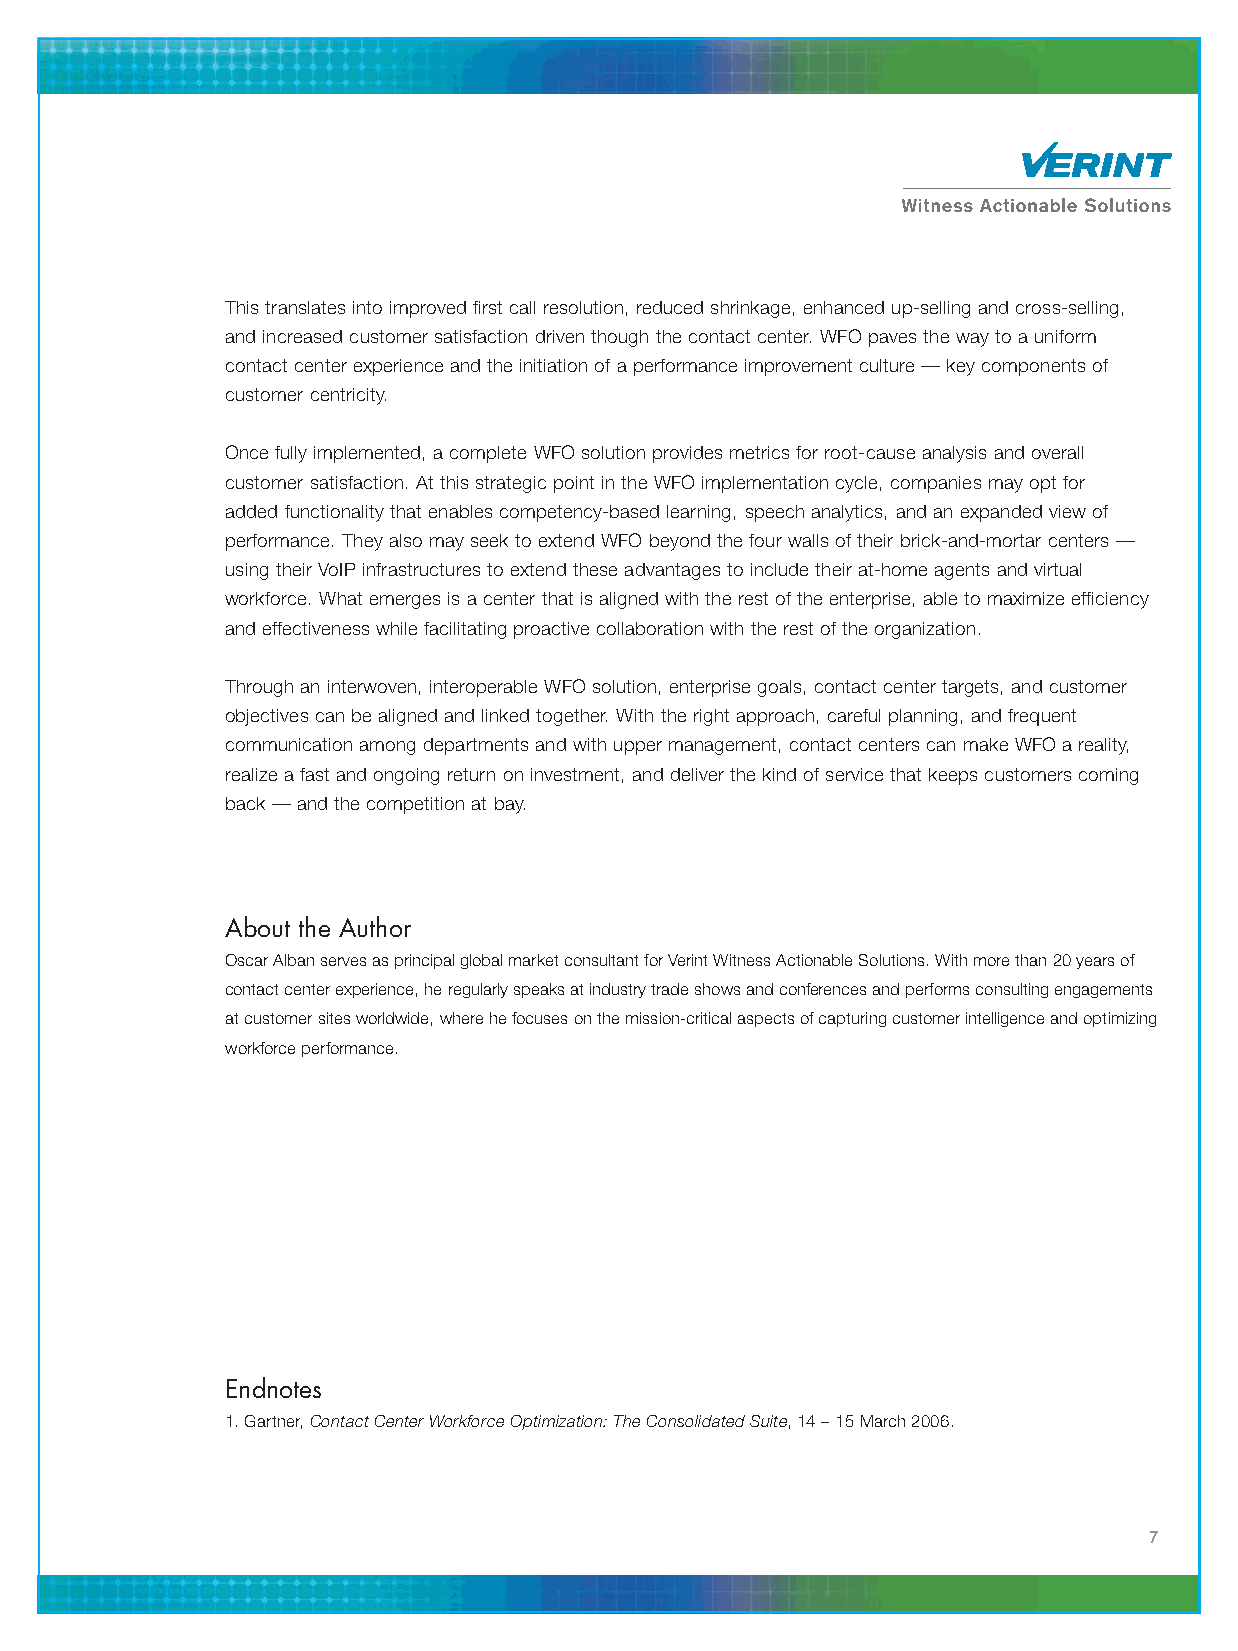
This translates into improved first call resolution, reduced shrinkage, enhanced up-selling and cross-selling,
 and increased customer satisfaction driven though the contact center. WFO paves the way to a uniform
 contact center experience and the initiation of a performance improvement culture — key components of
 customer centricity.
 Once fully implemented, a complete WFO solution provides metrics for root-cause analysis and overall
 customer satisfaction. At this strategic point in the WFO implementation cycle, companies may opt for
 added functionality that enables competency-based learning, speech analytics, and an expanded view of
 performance. They also may seek to extend WFO beyond the four walls of their brick-and-mortar centers —
 using their VoIP infrastructures to extend these advantages to include their at-home agents and virtual
 workforce. What emerges is a center that is aligned with the rest of the enterprise, able to maximize efficiency
 and effectiveness while facilitating proactive collaboration with the rest of the organization.
 Through an interwoven, interoperable WFO solution, enterprise goals, contact center targets, and customer
 objectives can be aligned and linked together. With the right approach, careful planning, and frequent
 communication among departments and with upper management, contact centers can make WFO a reality,
 realize a fast and ongoing return on investment, and deliver the kind of service that keeps customers coming
 back — and the competition at bay.
 About the Author
 Oscar Alban serves as principal global market consultant for Verint Witness Actionable Solutions. With more than 20 years of
 contact center experience, he regularly speaks at industry trade shows and conferences and performs consulting engagements
 at customer sites worldwide, wherehe focuses on the mission-critical aspects of capturing customer intelligence and optimizing
 workforce performance.
 Endnotes
 1. Gartner, Contact Center Workforce Optimization: The Consolidated Suite,14 – 15 March 2006.
 7